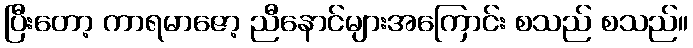
ပြီးတော့ ကာရမာဇော့ ညီနောင်များအကြောင်း စသည် စသည်။